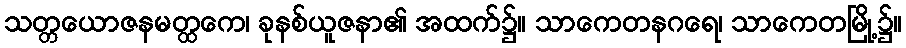
သတ္တယောဇနမတ္ထကေ၊ ခုနစ်ယူဇနာ၏ အထက်၌။ သာကေတနဂရေ၊ သာကေတမြို့၌။